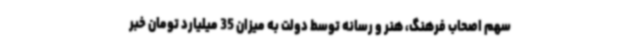
سهم اصحاب فرهنگ، هنر و رسانه توسط دولت به میزان 35 میلیارد تومان خبر